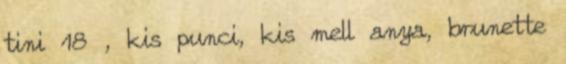
tini 18 , kis punci, kis mell anya, brunette